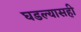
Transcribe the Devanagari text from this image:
घडल्यासही